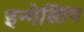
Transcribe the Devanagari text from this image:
इन्गेस्तिंग